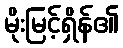
မိုးမြင့်ရှိန်၏